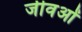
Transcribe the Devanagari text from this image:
जीवओं